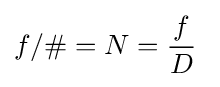
f/\#=N={\frac {f}{D}}\